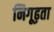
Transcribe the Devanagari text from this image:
निगूढ़ता